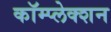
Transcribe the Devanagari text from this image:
कॉम्प्लेक्शन